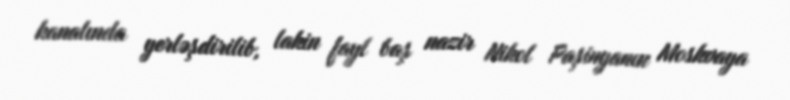
kanalında yerləşdirilib, lakin fayl baş nazir Nikol Paşinyanın Moskvaya